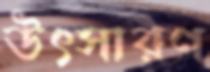
উৎসারণ